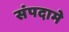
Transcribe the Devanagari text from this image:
संपदामे